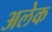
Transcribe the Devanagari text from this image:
अलेक